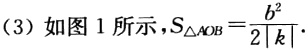
(3) 如图 1 所示，$S_{\triangle AOB}=\frac{b^{2}}{2\left| k\right| }$.